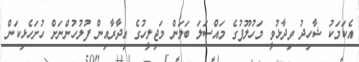
އެކަމަކު ޝާހިދު ވިދާޅުވީ މަހުލޫފުގެ މައްސަލަ ބަލަން މަޖިލީހުގެ އިދާރާއިން ފުލުހުންނަށް ހުށަހެޅިކަން